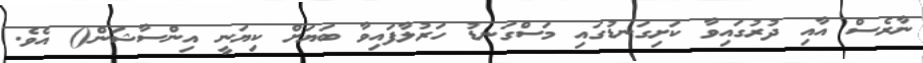
ނާރެސް އާއި ދުރުގައިވާ ކަށިގަނޑުގައި މަސްގަނޑު ހަރުލާފައިވާ ބަޔަށް ކިޔަނީ އިންސާޝަން() އެވެ.